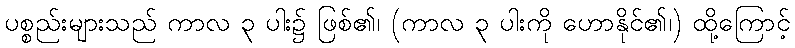
ပစ္စည်းများသည် ကာလ ၃ ပါး၌ ဖြစ်၏၊ (ကာလ ၃ ပါးကို ဟောနိုင်၏၊) ထို့ကြောင့်